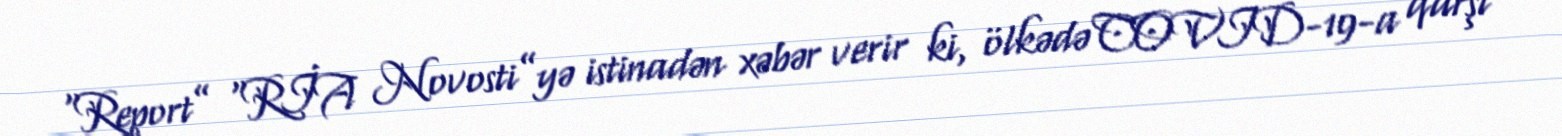
“Report” “RİA Novosti”yə istinadən xəbər verir ki, ölkədə COVID-19-a qarşı